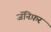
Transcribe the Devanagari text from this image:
जॅनिफ़र